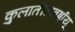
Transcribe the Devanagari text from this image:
कुलातीलवर्षायू